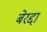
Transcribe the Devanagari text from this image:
बेरद्दा